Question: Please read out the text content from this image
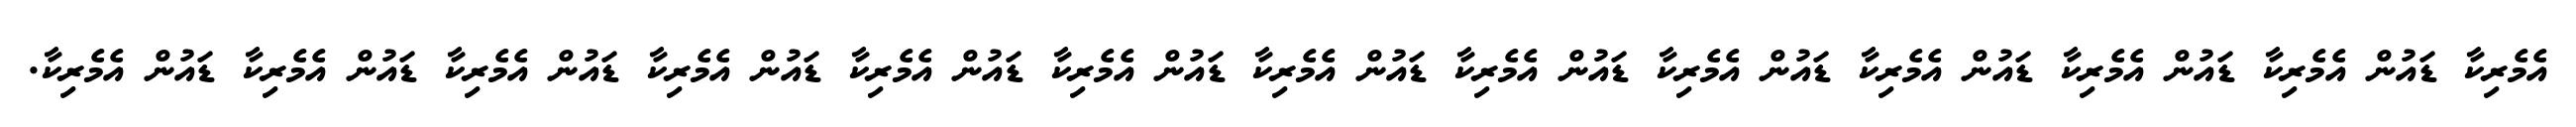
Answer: އެމެރިކާ ޑައުން އެމެރިކާ ޑައުން އެމެރިކާ ޑައުން އެމެރިކާ ޑައުން އެމެރިކާ ޑައުން އެމެރިކާ ޑައުން އެމެރިކާ ޑައުން އެމެރިކާ ޑައުން އެމެރިކާ ޑައުން އެމެރިކާ ޑައުން އެމެރިކާ ޑައުން އެމެރިކާ ޑައުން އެމެރިކާ.